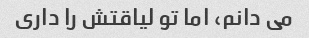
می دانم، اما تو لیاقتش را داری